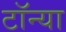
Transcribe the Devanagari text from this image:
टॉन्या